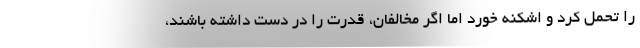
را تحمل کرد و اشکنه خورد اما اگر مخالفان، قدرت را در دست داشته باشند،